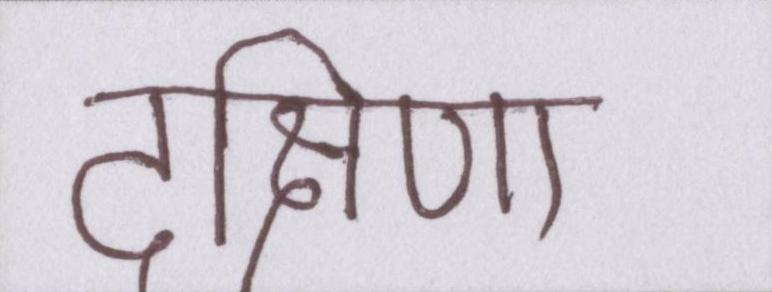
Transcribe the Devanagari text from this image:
दक्षिणा